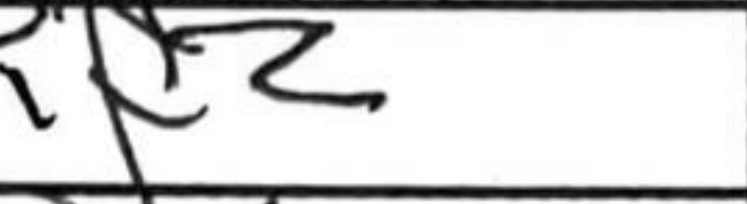
Transcription: Kf2